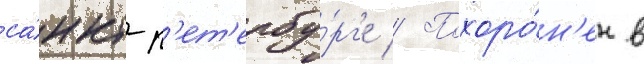
са́нкт-п'ет'ербу́рг'е // Похоро́н'ен в